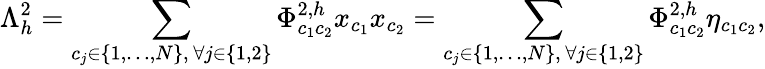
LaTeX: \Lambda_{h}^{2}=\sum_{\substack{c_{j}\in\{ 1,\dots,N\} ,\, \forall j\in\{ 1,2\} }}\Phi_{c_{1}c_{2}}^{2,h}x_{c_{1}}x_{c_{2}}=\sum_{\substack{c_{j}\in\{ 1,\dots,N\} ,\, \forall j\in\{ 1,2\} }}\Phi_{c_{1}c_{2}}^{2,h}\eta_{c_{1}c_{2}},